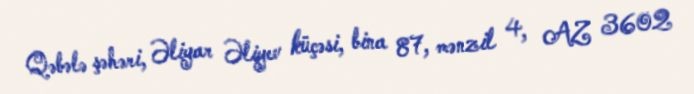
Qəbələ şəhəri, Əliyar Əliyev küçəsi, bina 87, mənzil 4, AZ 3602